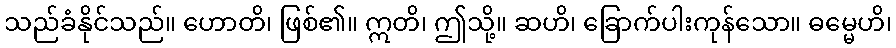
သည်ခံနိုင်သည်။ ဟောတိ၊ ဖြစ်၏။ ဣတိ၊ ဤသို့။ ဆဟိ၊ ခြောက်ပါးကုန်သော။ ဓမ္မေဟိ၊